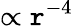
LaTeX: \propto\mathtt{r}^{-4}